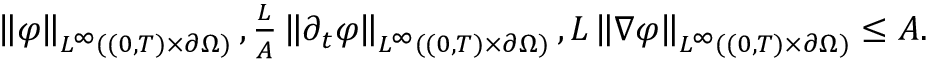
\begin{array} { r } { \left\lVert \varphi \right\rVert _ { L ^ { \infty } ( ( 0 , T ) \times \partial \Omega ) } , \frac L A \left\lVert \partial _ { t } \varphi \right\rVert _ { L ^ { \infty } ( ( 0 , T ) \times \partial \Omega ) } , L \left\lVert \nabla \varphi \right\rVert _ { L ^ { \infty } ( ( 0 , T ) \times \partial \Omega ) } \le A . } \end{array}